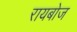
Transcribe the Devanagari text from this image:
रायबोज